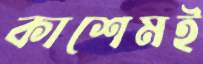
কাশেমই